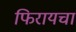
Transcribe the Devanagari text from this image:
फिरायचा